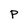
Character: p